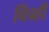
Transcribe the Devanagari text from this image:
चिंचही